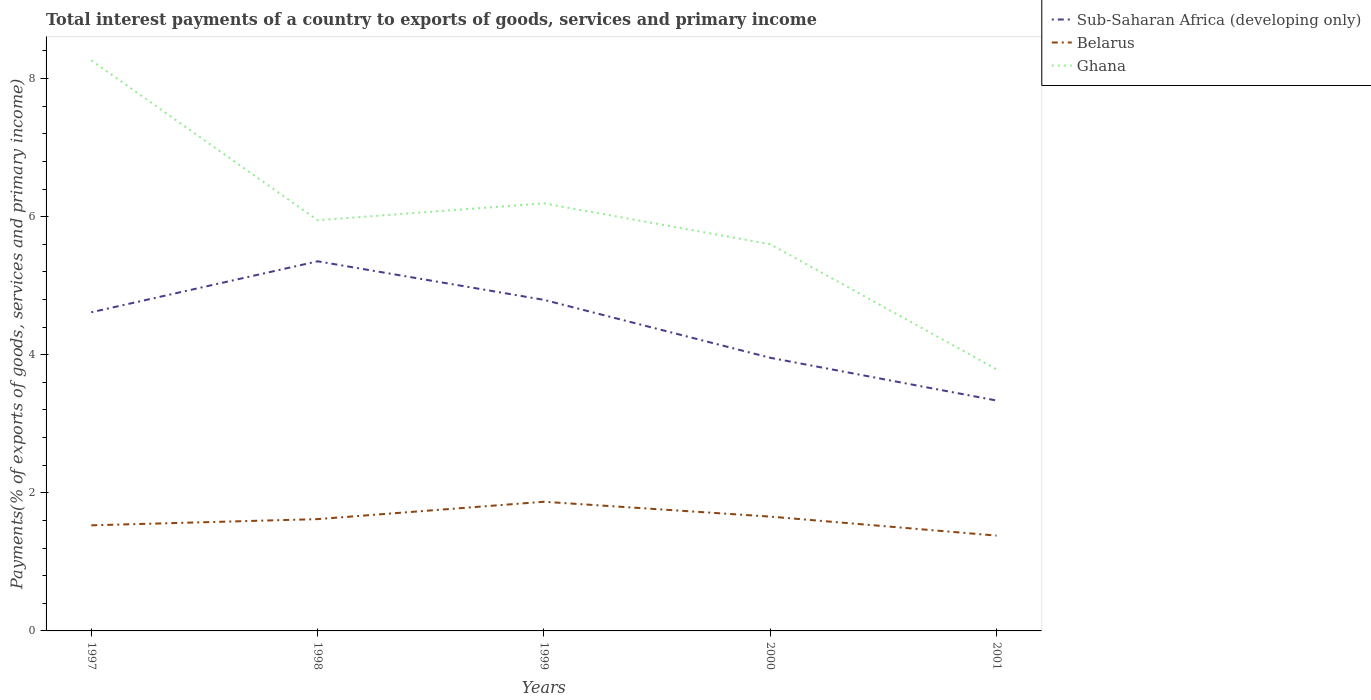
| Years | Sub-Saharan Africa (developing only) | Belarus | Ghana |
 | --- | --- | --- | --- |
 | 1997 | 4.62 | 1.53 | 8.26 |
 | 1998 | 5.35 | 1.62 | 5.95 |
 | 1999 | 4.8 | 1.87 | 6.19 |
 | 2000 | 3.96 | 1.66 | 5.6 |
 | 2001 | 3.34 | 1.38 | 3.79 |